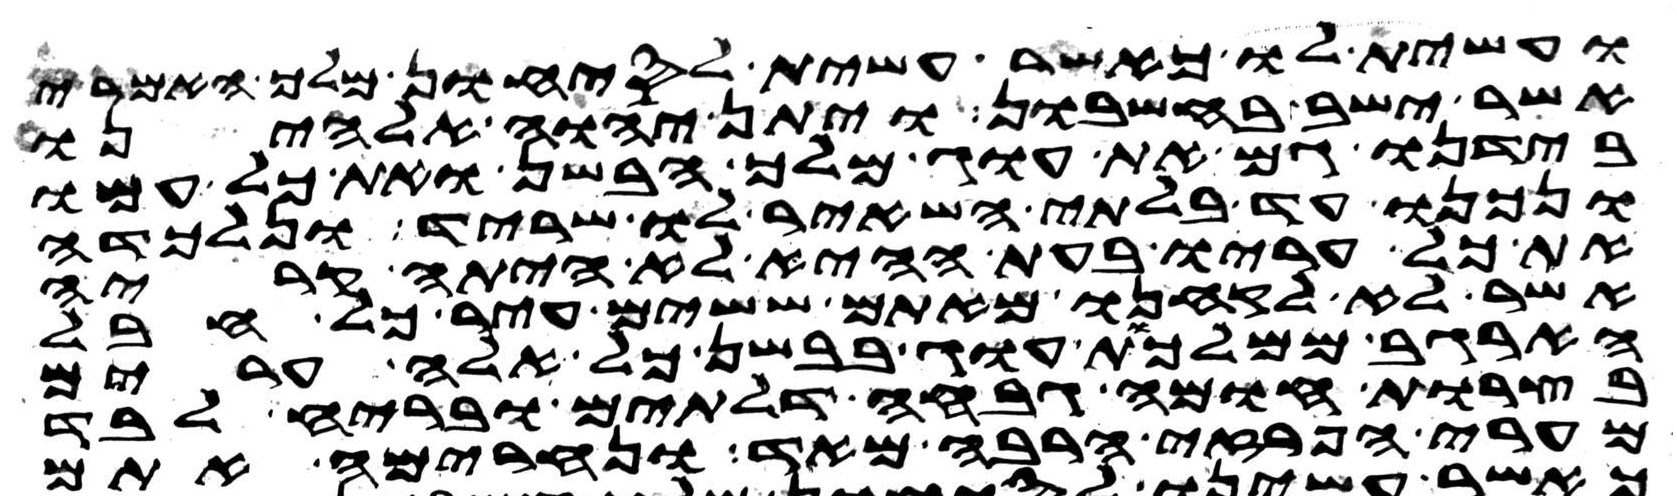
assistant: ועשית לו כאשר עשית לסיחון מלך האמרי
אשר ישב בחשבון ויתן יהוה אלהינו
בידנו גם את עוג מלך הבשן ואת כל עמו
ונכנו עד בלתי השאיר לו שריד ונלכדה
את כל עריו בעת ההיא לא היתה קריה
אשר לא לקחנו מאתם ששים עיר כל חבל
הארגב ממלכות עוג בבשן כל אלה ערים
בצרות חומה גבחה דלתים ובריח לבד
מערי הפרזי הרבה מאד ונחרימה אתם